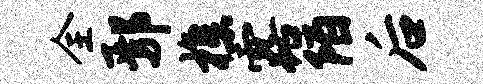
全鄢樵露陌后